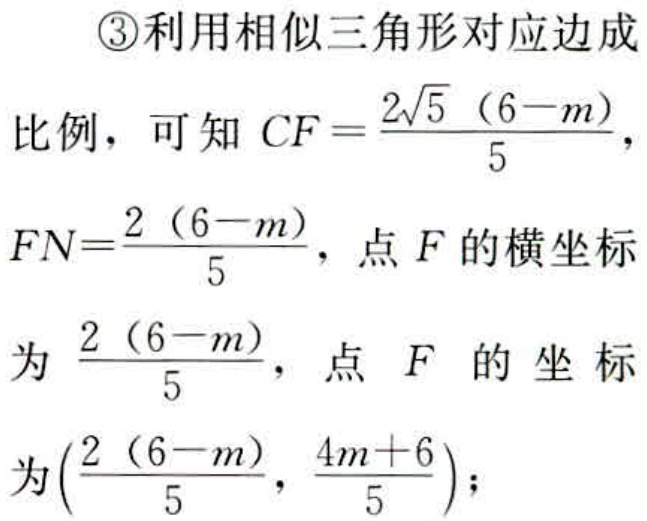
\textcircled{3}利用相似三角形对应边成
比例，可知\(CF = \frac{2\sqrt{5}(6 - m)}{5}\)，
\(FN=\frac{2(6 - m)}{5}\)，点\(F\)的横坐标
为\(\frac{2(6 - m)}{5}\)，点 \(F\) 的 坐 标
为\((\frac{2(6 - m)}{5}, \frac{4m + 6}{5})\)；